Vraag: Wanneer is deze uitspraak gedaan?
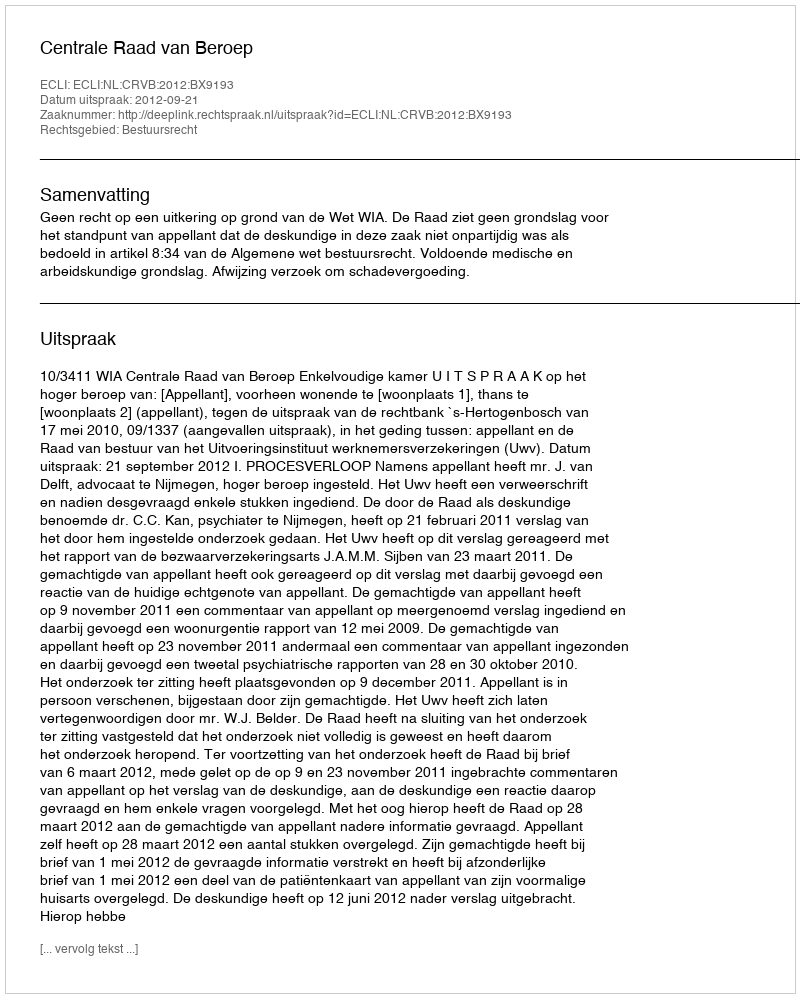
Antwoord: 2012-09-21